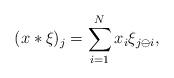
LaTeX: \begin{align*} (x*\xi)_j = \sum_{i=1}^N x_i \xi_{j\ominus i},\end{align*}